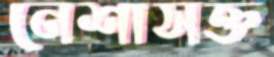
নেশাসক্ত